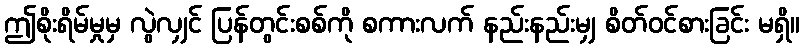
ဤစိုးရိမ်မှုမှ လွဲလျှင် ပြန်တွင်းစစ်ကို စကားလက် နည်းနည်းမျှ စိတ်ဝင်စားခြင်း မရှိ။